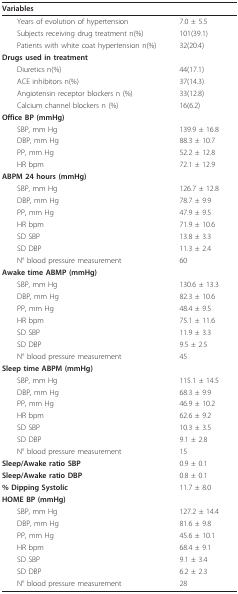
| Variables |  |
 | --- | --- |
 | Years of evolution of hypertension | 7.0 ± 5.5 |
 | Subjects receiving drug treatment n(%) | 101(39.1) |
 | Patients with white coat hypertension n(%) | 32(20.4) |
 | Drugs used in treatment |  |
 | Diuretics n(%) | 44(17.1) |
 | ACE inhibitors n(%) | 37(14.3) |
 | Angiotensin receptor blockers n (%) | 33(12.8) |
 | Calcium channel blockers n (%) | 16(6.2) |
 | Office BP (mmHg) |  |
 | SBP, mm Hg | 139.9 ± 16.8 |
 | DBP, mm Hg | 88.3 ± 10.7 |
 | PP, mm Hg | 52.2 ± 12.8 |
 | HR bpm | 72.1 ± 12.9 |
 | ABPM 24 hours (mmHg) |  |
 | SBP, mm Hg | 126.7 ± 12.8 |
 | DBP, mm Hg | 78.7 ± 9.9 |
 | PP, mm Hg | 47.9 ± 9.5 |
 | HR bpm | 71.9 ± 10.6 |
 | SD SBP | 13.8 ± 3.3 |
 | SD DBP | 11.3 ± 2.4 |
 | N° blood pressure measurement | 60 |
 | Awake time ABMP (mmHg) |  |
 | SBP, mm Hg | 130.6 ± 13.3 |
 | DBP, mm Hg | 82.3 ± 10.6 |
 | PP, mm Hg | 48.4 ± 9.5 |
 | HR bpm | 75.1 ± 11.6 |
 | SD SBP | 11.9 ± 3.3 |
 | SD DBP | 9.5 ± 2.5 |
 | N° blood pressure measurement | 45 |
 | Sleep time ABPM (mmHg) |  |
 | SBP, mm Hg | 115.1 ± 14.5 |
 | DBP, mm Hg | 68.3 ± 9.9 |
 | PP, mm Hg | 46.9 ± 10.2 |
 | HR bpm | 62.6 ± 9.2 |
 | SD SBP | 10.3 ± 3.5 |
 | SD DBP | 9.1 ± 2.8 |
 | N° blood pressure measurement | 15 |
 | Sleep/Awake ratio SBP | 0.9 ± 0.1 |
 | Sleep/Awake ratio DBP | 0.8 ± 0.1 |
 | % Dipping Systolic | 11.7 ± 8.0 |
 | HOME BP (mmHg) |  |
 | SBP, mm Hg | 127.2 ± 14.4 |
 | DBP, mm Hg | 81.6 ± 9.8 |
 | PP, mm Hg | 45.6 ± 10.1 |
 | HR bpm | 68.4 ± 9.1 |
 | SD SBP | 9.1 ± 3.4 |
 | SD DBP | 6.2 ± 2.3 |
 | N° blood pressure measurement | 28 |